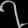
Digit: ၇